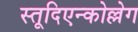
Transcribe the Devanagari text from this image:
स्तूदिएन्कोल्लेग